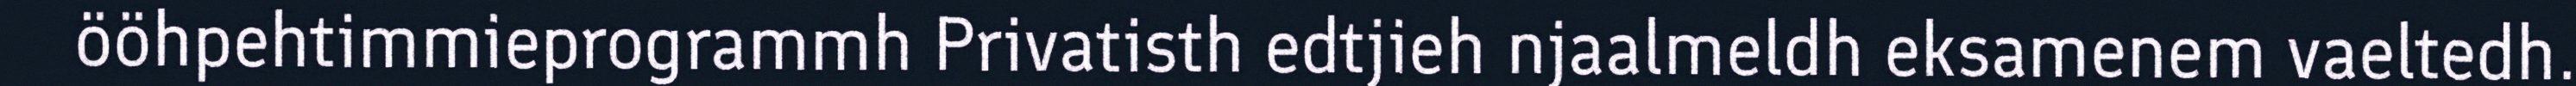
ööhpehtimmieprogrammh Privatisth edtjieh njaalmeldh eksamenem vaeltedh.